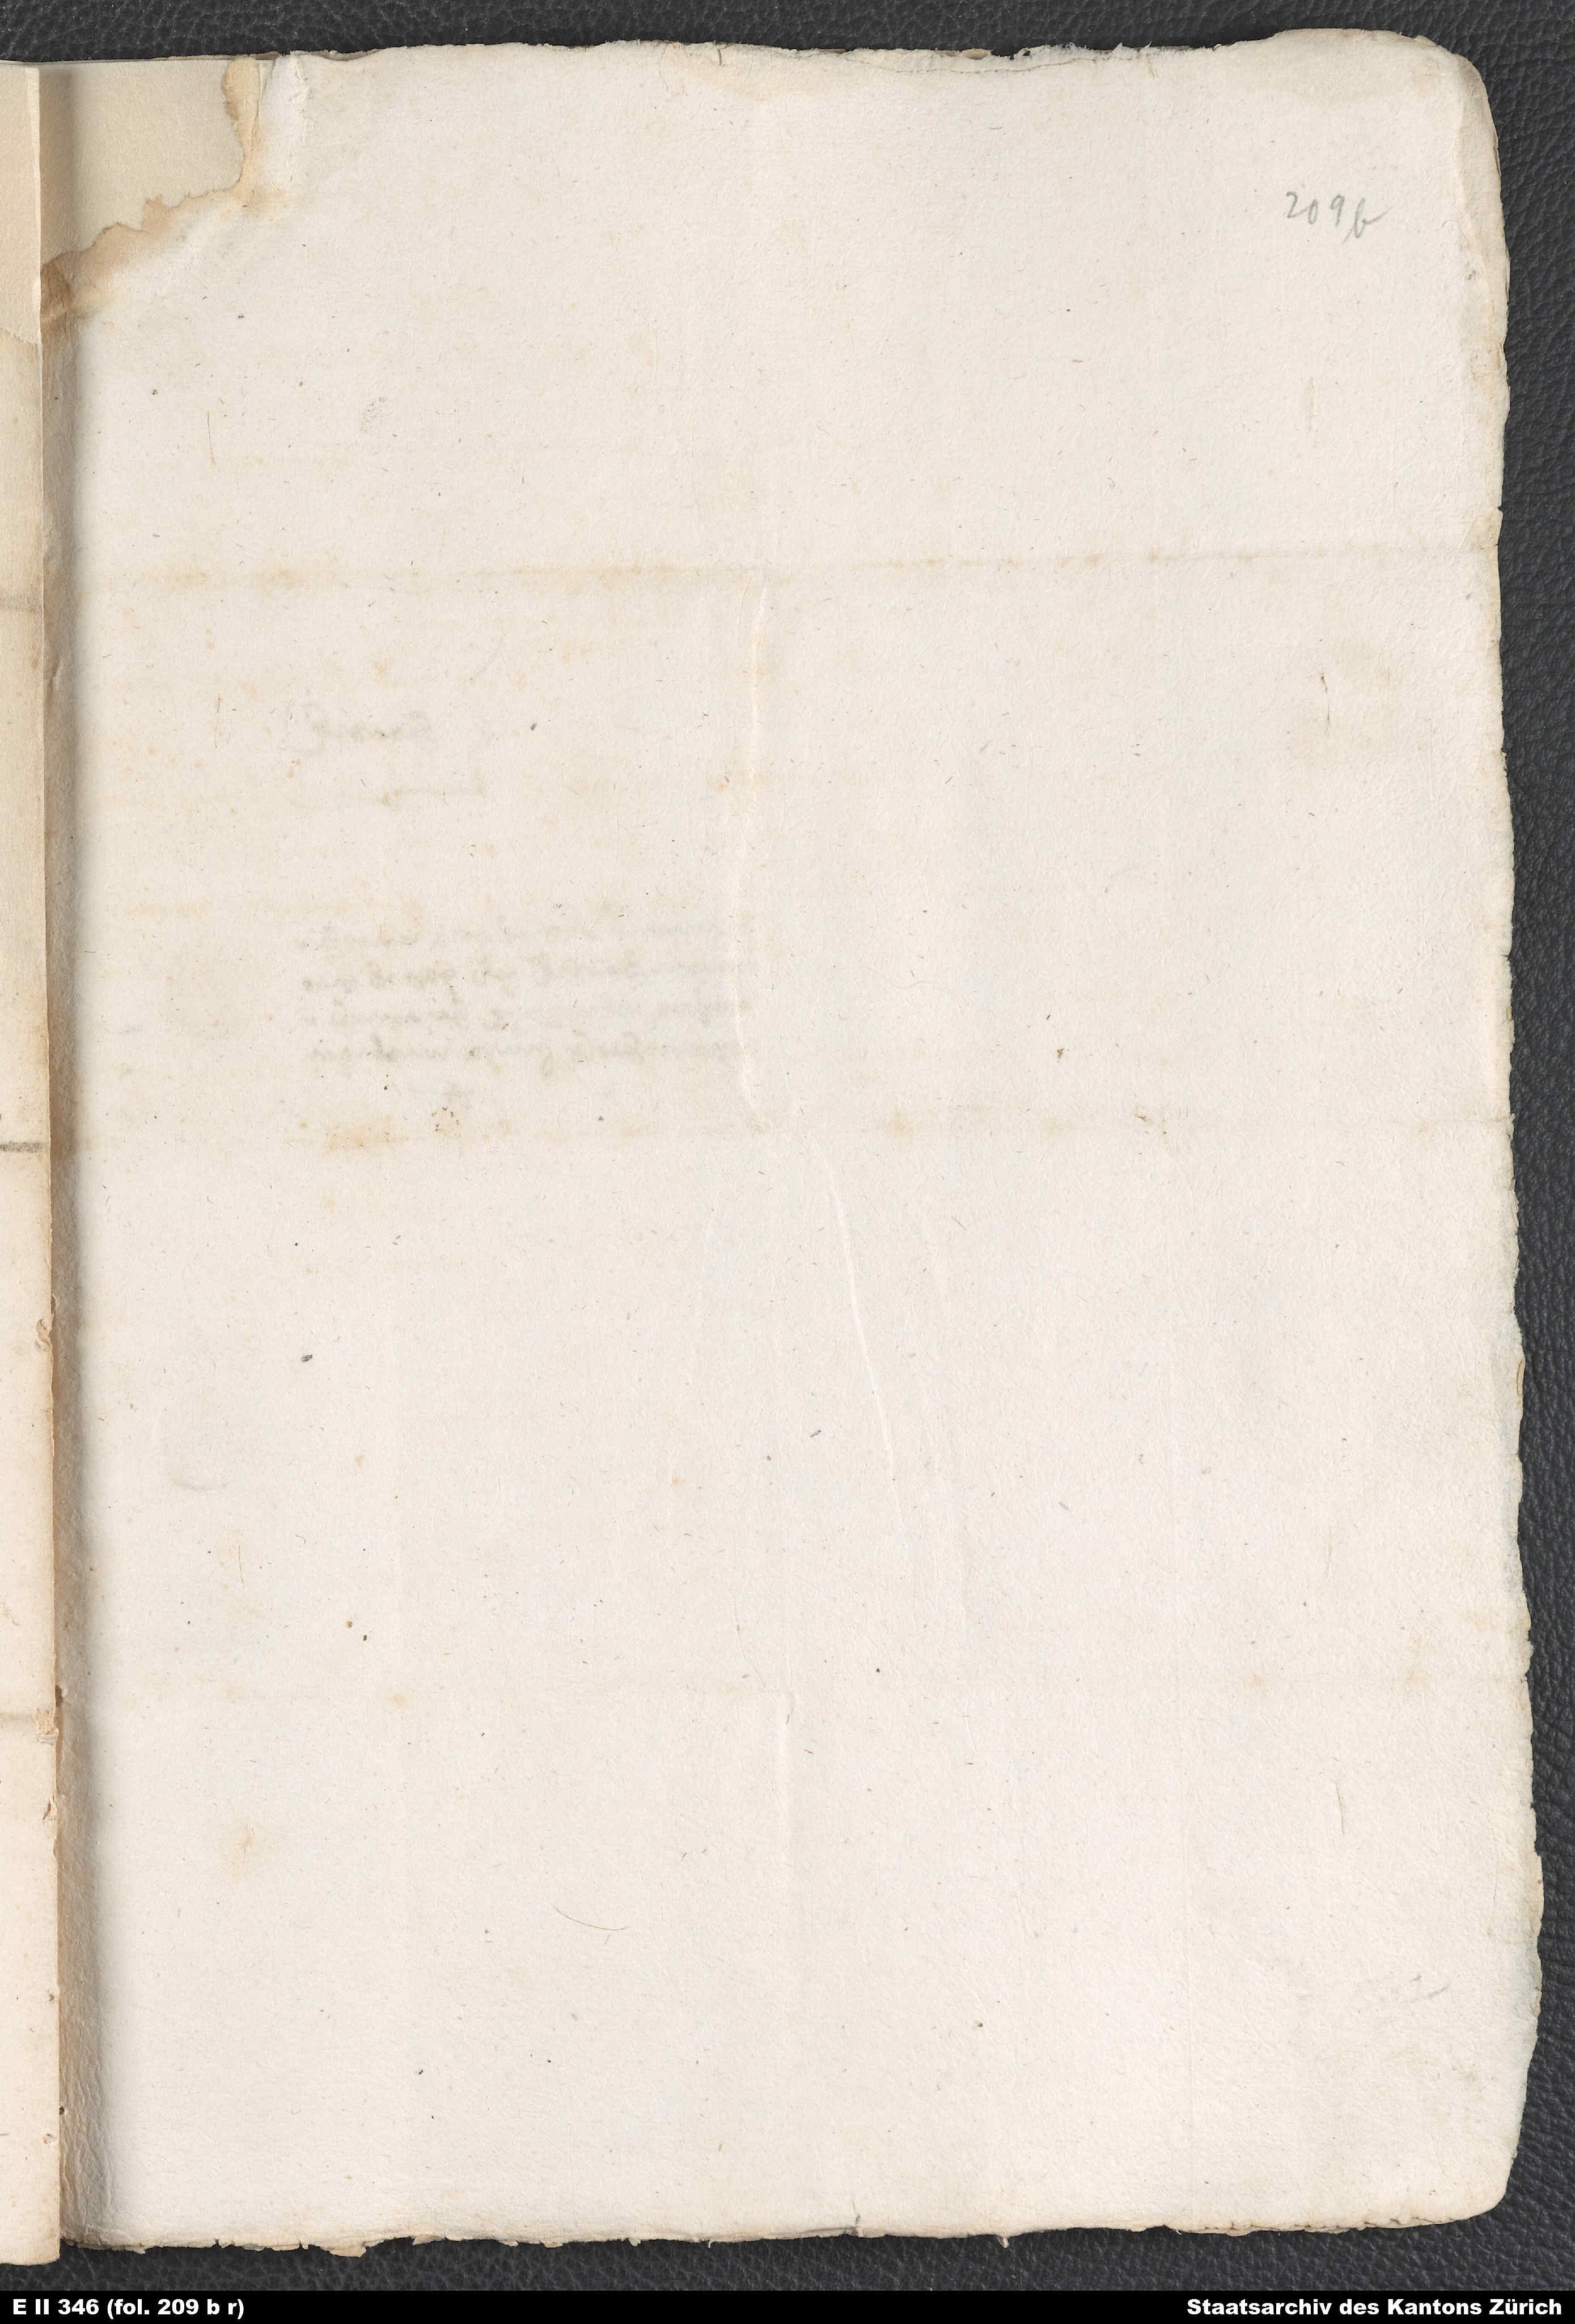
2.